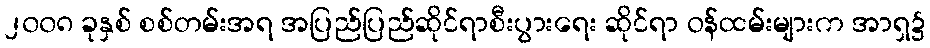
၂၀၀၈ ခုနှစ် စစ်တမ်းအရ အပြည်ပြည်ဆိုင်ရာစီးပွားရေး ဆိုင်ရာ ဝန်ထမ်းများက အာရှ၌